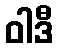
ဝါဒီ